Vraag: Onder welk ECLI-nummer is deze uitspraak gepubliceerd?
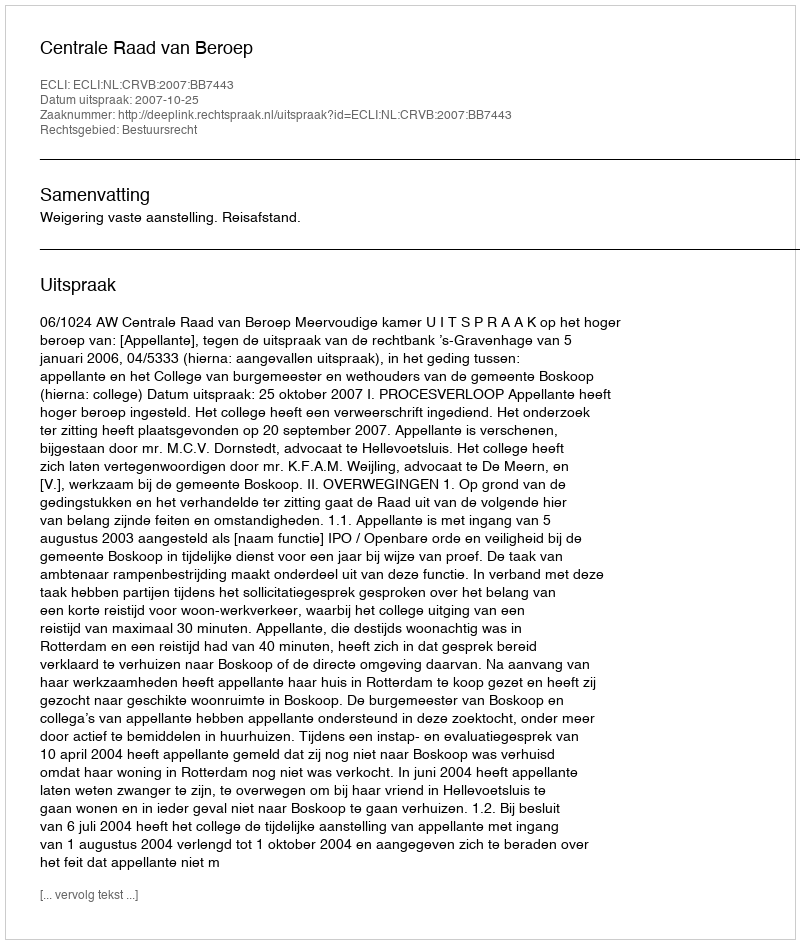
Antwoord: ECLI:NL:CRVB:2007:BB7443